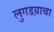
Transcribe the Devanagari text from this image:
लुगडय़ाचा